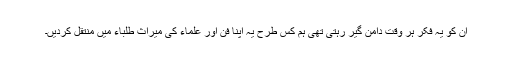
ان کو یہ فکر ہر وقت دامن گیر رہتی تھی ہم کس طرح یہ اپنا فن اور علماء کی میراث طلباء میں منتقل کردیں۔